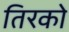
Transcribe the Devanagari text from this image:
तिरको